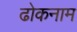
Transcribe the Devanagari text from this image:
ढोकनाम